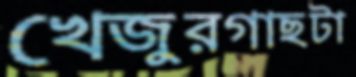
খেজুরগাছটা